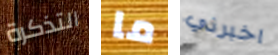
التذكرة ما اخبرني